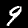
Digit: 9